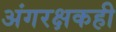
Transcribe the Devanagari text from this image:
अंगरक्षकही